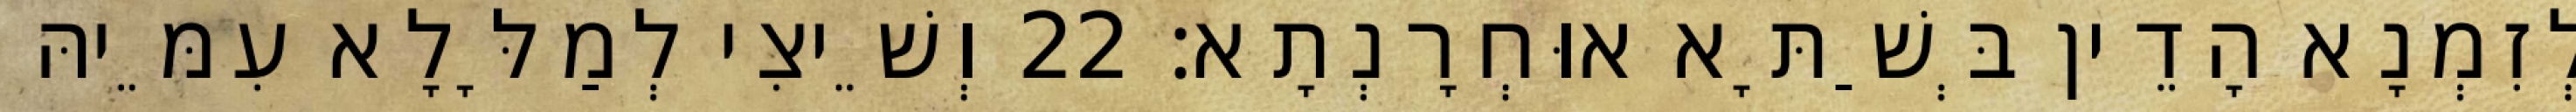
לְזִמְנָא הָדֵין בְּשַׁתָּא אוּחְרָנְתָא׃ 22 וְשֵׁיצִי לְמַלָּלָא עִמֵּיהּ